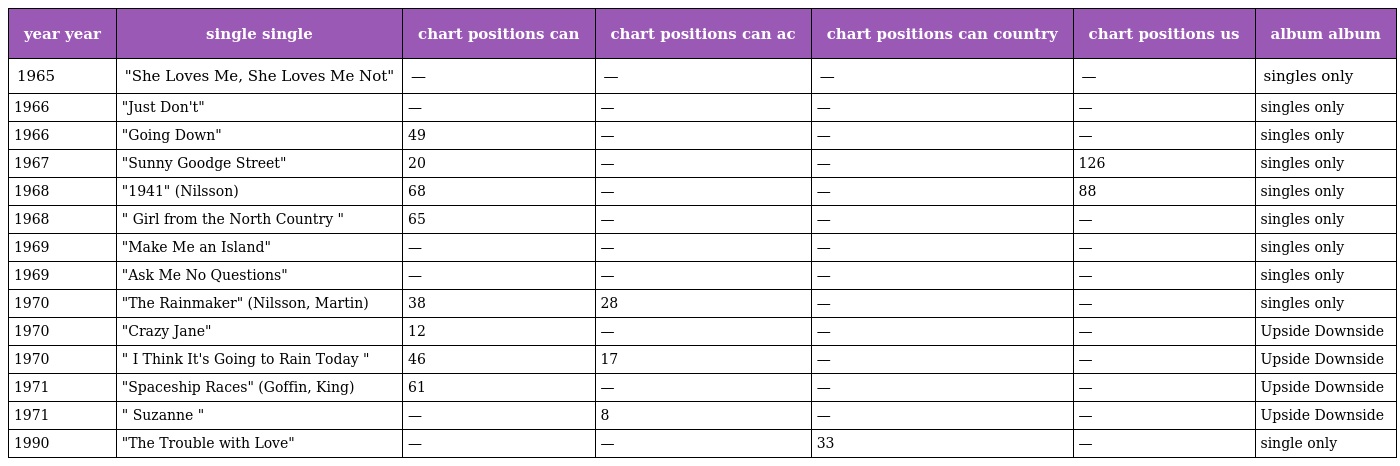
| year year | single single | chart positions can | chart positions can ac | chart positions can country | chart positions us | album album |
 | --- | --- | --- | --- | --- | --- | --- |
 | 1965 | "She Loves Me, She Loves Me Not" | — | — | — | — | singles only |
 | 1966 | "Just Don't" | — | — | — | — | singles only |
 | 1966 | "Going Down" | 49 | — | — | — | singles only |
 | 1967 | "Sunny Goodge Street" | 20 | — | — | 126 | singles only |
 | 1968 | "1941" (Nilsson) | 68 | — | — | 88 | singles only |
 | 1968 | " Girl from the North Country " | 65 | — | — | — | singles only |
 | 1969 | "Make Me an Island" | — | — | — | — | singles only |
 | 1969 | "Ask Me No Questions" | — | — | — | — | singles only |
 | 1970 | "The Rainmaker" (Nilsson, Martin) | 38 | 28 | — | — | singles only |
 | 1970 | "Crazy Jane" | 12 | — | — | — | Upside Downside |
 | 1970 | " I Think It's Going to Rain Today " | 46 | 17 | — | — | Upside Downside |
 | 1971 | "Spaceship Races" (Goffin, King) | 61 | — | — | — | Upside Downside |
 | 1971 | " Suzanne " | — | 8 | — | — | Upside Downside |
 | 1990 | "The Trouble with Love" | — | — | 33 | — | single only |